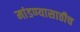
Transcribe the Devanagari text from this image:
मांडण्यासाठीच